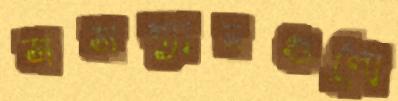
সসপ্যানগুলো